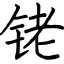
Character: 铑